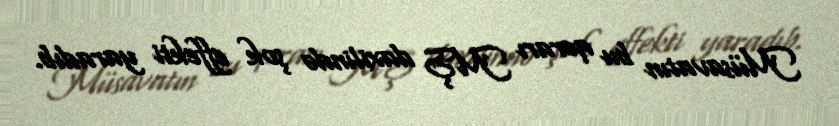
Müsavatın bu qərarı MŞ daxilində şok effekti yaradıb.